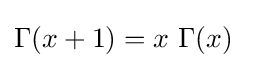
\Gamma (x+1)=x\ \Gamma (x)~